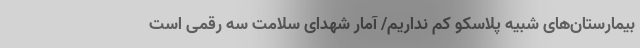
بیمارستان‌های شبیه پلاسکو کم نداریم/ آمار شهدای سلامت سه رقمی است